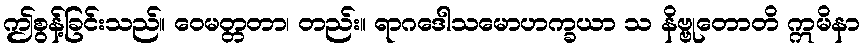
ဤစွန့်ခြင်းသည်။ ဝေမတ္တတာ၊ တည်း။ ရာဂဒေါသမောဟက္ခယာ သ နိဗ္ဗုတောတိ ဣမိနာ